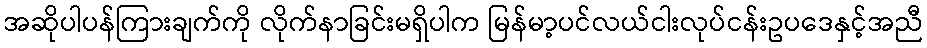
အဆိုပါပန်ကြားချက်ကို လိုက်နာခြင်းမရှိပါက မြန်မာ့ပင်လယ်ငါးလုပ်ငန်းဥပဒေနှင့်အညီ